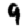
Digit: 9